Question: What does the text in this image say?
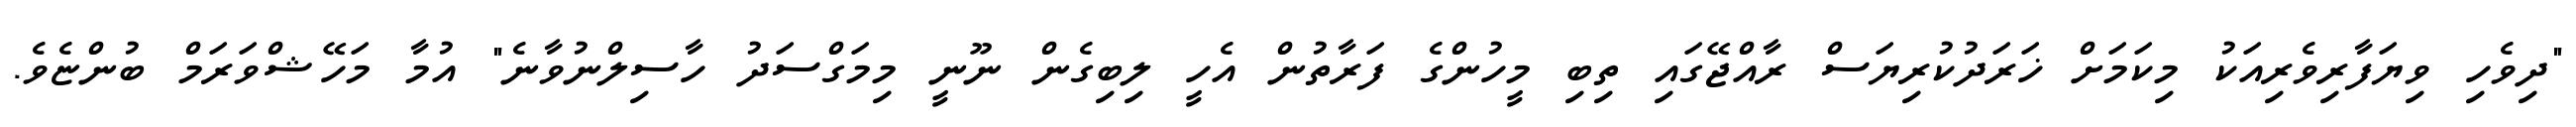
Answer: "ދިވެހި ވިޔަފާރިވެރިއަކު މިކަމަށް ޚަރަދުކުރިޔަސް ރާއްޖޭގައި ތިބި މީހުންގެ ފަރާތުން އެހީ ލިބިގެން ނޫނީ މިމަގްސަދު ހާސިލްނުވާނެ" އުމާ މަހޭޝްވަރަމް ބުންޏެވެ.